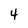
Character: 4